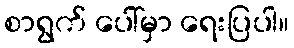
စာရွက် ပေါ်မှာ ရေးပြပါ။